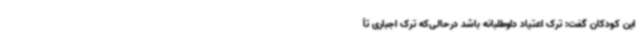
این کودکان گفت: ترک اعتیاد داوطلبانه باشد درحالی‌که ترک اجباری تأ